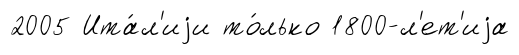
2005 Ита́л'иjи то́лько 1800-л'ет'иjа